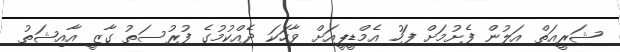
ޝަރީއަތް އަލުން ފެށުމަށް ފަހު އެމްޑީޕީއަށް ވާހަކަ ދެއްކުމުގެ ފުރުސަތު ގާޒީ އާއިޝަތު